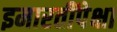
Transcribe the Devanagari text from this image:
इमारतींपेक्षा